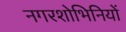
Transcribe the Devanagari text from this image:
नगरशोभिनियों